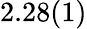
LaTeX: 2.28(1)